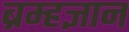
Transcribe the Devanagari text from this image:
ब्रम्हज्ञान